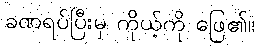
ခဏရပ်ပြီးမှ ကိုယ့်ကို ဖြေ၏။